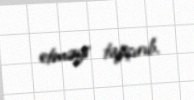
etməyi tapşırıb.